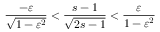
\frac { - \varepsilon } { \sqrt { 1 - \varepsilon ^ { 2 } } } < \frac { s - 1 } { \sqrt { 2 s - 1 } } < \frac { \varepsilon } { 1 - \varepsilon ^ { 2 } }